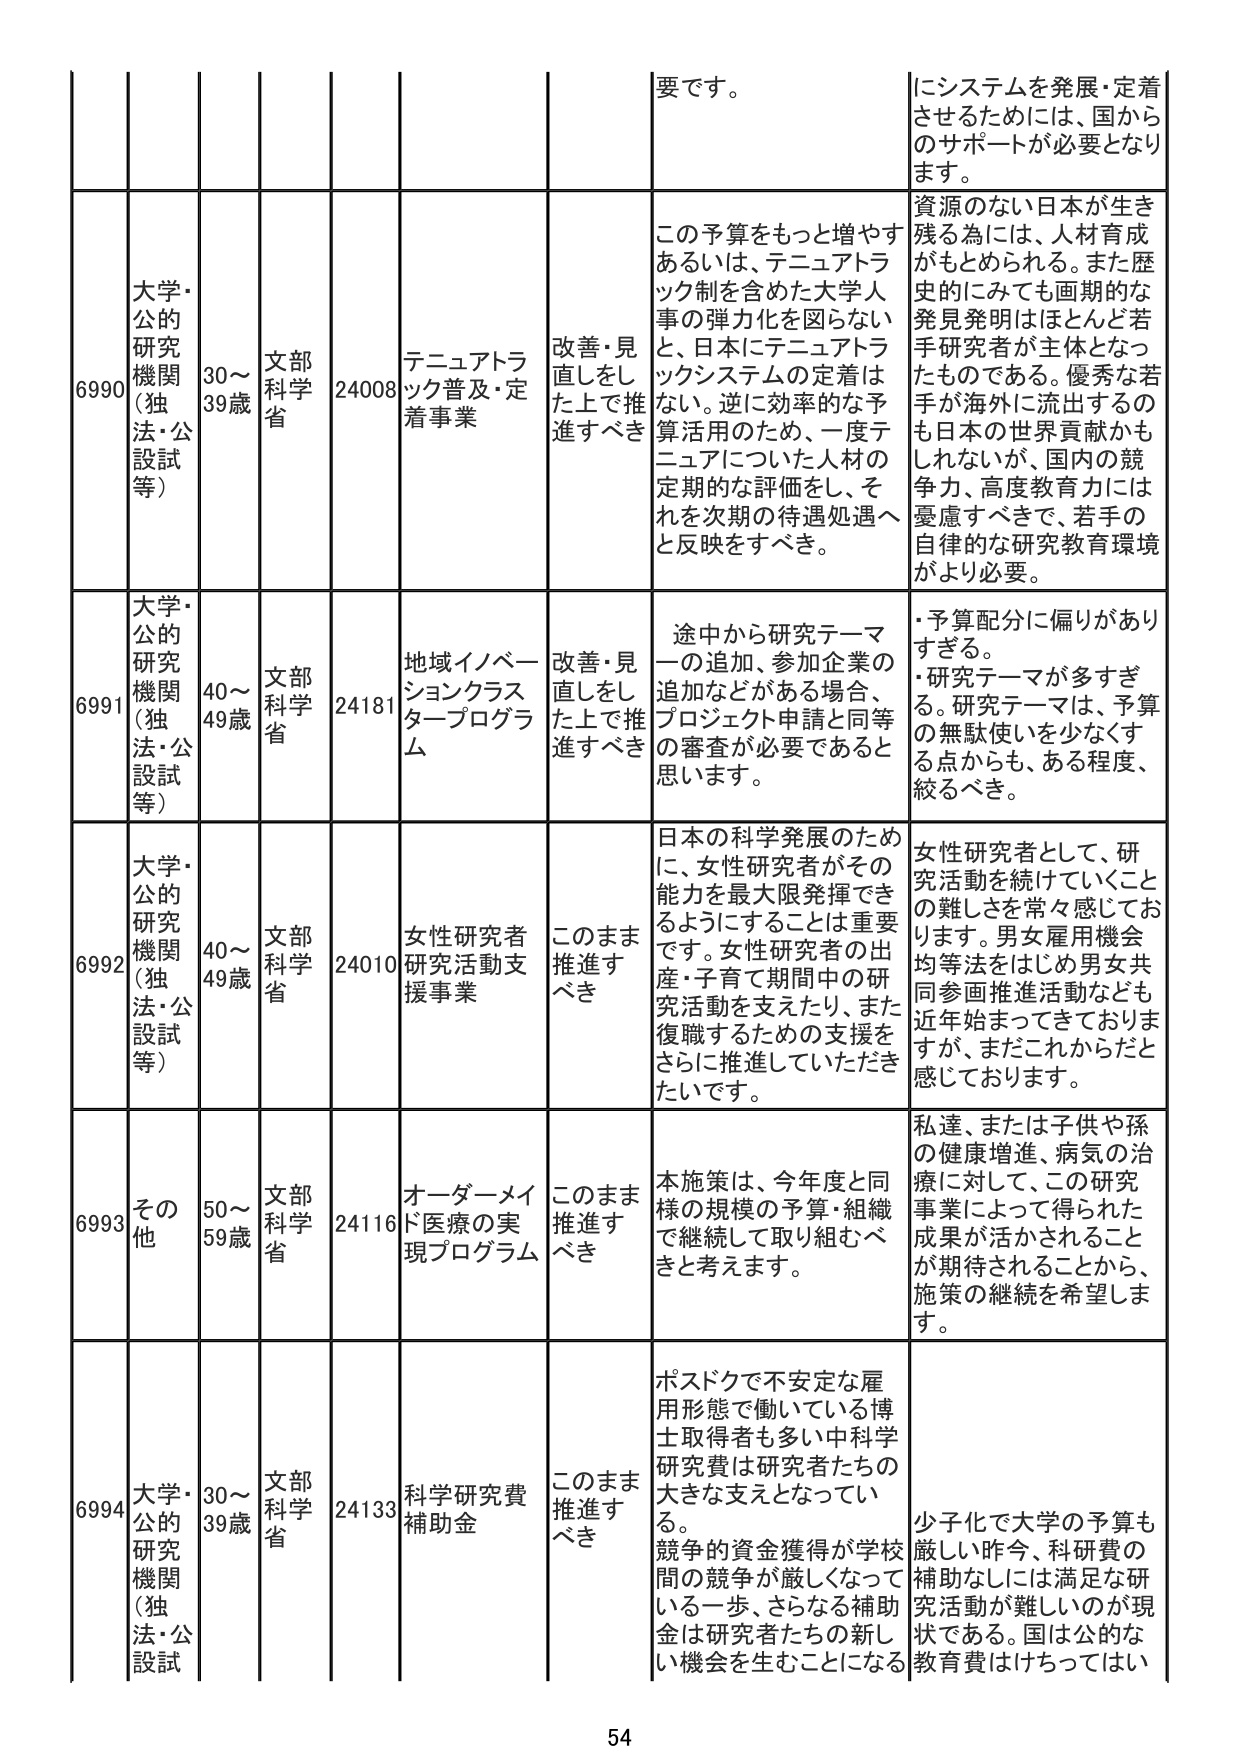
要です。
にシステムを発展・定着させるためには、国からのサポートが必要となります。

6990
大学・公的研究機関（独法・公設試等）
30～39歳
文部科学省
24008
テニュアトラック普及・定着事業
改善・見直しをした上で推進すべき
この予算をもっと増やすあるいは、テニュアトラック制を含めた大学人事の弾力化を図らないと、日本にテニュアトラックシステムの定着はない。逆に効率的な予算活用のため、一度テニュアについた人材の定期的な評価をし、それを次期の待遇処遇へと反映をすべき。
資源のない日本が生き残る為には、人材育成がもとめられる。また歴史的にみても画期的な発見発明はほとんど若手研究者が主体となったものである。優秀な若手が海外に流出するのも日本の世界貢献かもしれないが、国内の競争力、高度教育力には憂慮すべきで、若手の自律的な研究教育環境がより必要。

6991
大学・公的研究機関（独法・公設試等）
40～49歳
文部科学省
24181
地域イノベーションクラスタープログラム
改善・見直しをした上で推進すべき
途中から研究テーマの追加、参加企業の追加などがある場合、プロジェクト申請と同等の審査が必要であると思います。
・予算配分に偏りがありません。
・研究テーマが多すぎる。研究テーマは、予算の無駄使いを少なくする点からも、ある程度、絞るべき。

6992
大学・公的研究機関（独法・公設試等）
40～49歳
文部科学省
24010
女性研究者研究活動支援事業
このまま推進すべき
日本の科学発展のために、女性研究者がその能力を最大限発揮できるようにすることは重要です。女性研究者の出産・子育て期間中の研究活動を支えたり、また復職するための支援をさらに推進していただきたいです。
女性研究者として、研究活動を続けていくことの難しさを常々感じております。男女雇用機会均等法をはじめ男女共同参画推進活動なども近年始まってきておりますが、まだこれからだと感じております。

6993
その他
50～59歳
文部科学省
24116
オーダーメイド医療の実現プログラム
このまま推進すべき
本施策は、今年度と同様の規模の予算・組織で継続して取り組むべきと考えます。
私達、または子供や孫の健康増進、病気の治療に対して、この研究事業によって得られた成果が活かされることが期待されることから、施策の継続を希望します。

6994
大学・公的研究機関（独法・公設試等）
30～39歳
文部科学省
24133
科学研究費補助金
このまま推進すべき
ポスドクで不安定な雇用形態で働いている博士取得者も多い中科学費は研究者たちの大きな支えとなっている。競争的資金獲得が学校間の競争が激しくなっている一歩、さらなる補助金は研究者たちの新しい機会を生むことになる
少子化で大学の予算も厳しい昨今、科研費の補助なしには満足な研究活動が難しいのが現状である。国は公的な教育費はけちってはい

54